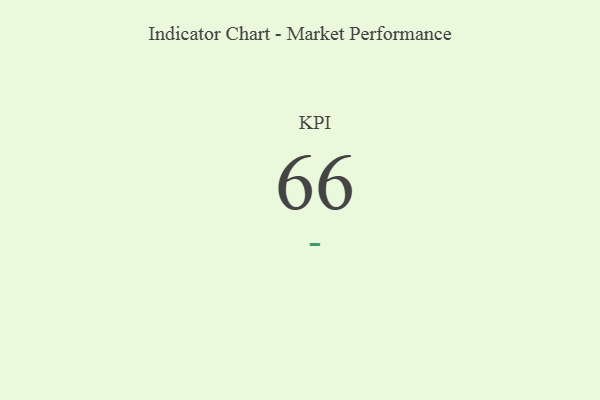
{"axis": {"x": "KPI", "y": "Value"}, "legend": [""], "data": [{"x": "KPI", "y": 66, "type": ""}]}